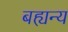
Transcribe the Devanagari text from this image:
बह्यन्य